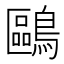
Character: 鷗